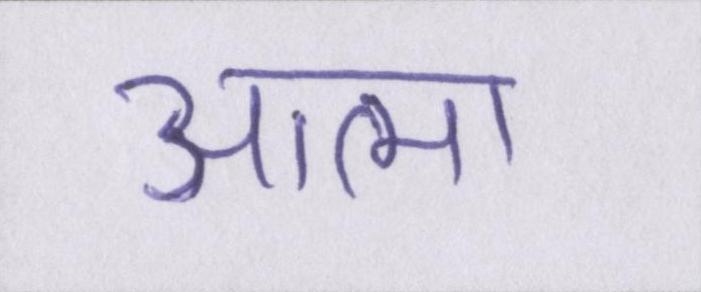
आत्मा